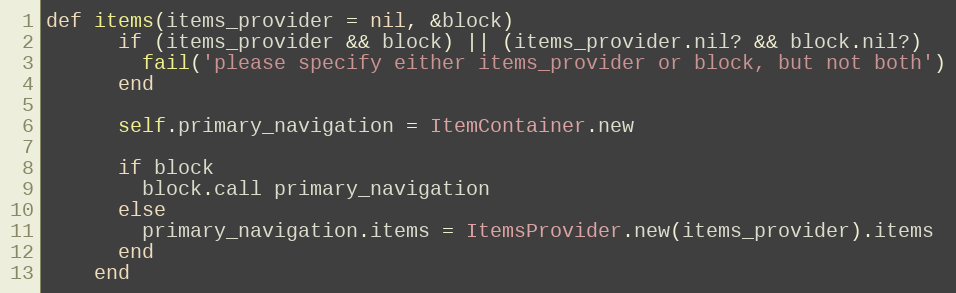
Language: Ruby
def items(items_provider = nil, &block)
      if (items_provider && block) || (items_provider.nil? && block.nil?)
        fail('please specify either items_provider or block, but not both')
      end

      self.primary_navigation = ItemContainer.new

      if block
        block.call primary_navigation
      else
        primary_navigation.items = ItemsProvider.new(items_provider).items
      end
    end